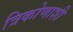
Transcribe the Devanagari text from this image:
त्रिकोणाशी